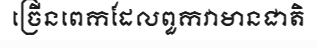
ច្រើនពេកដែលពួកវាមានជាតិ